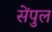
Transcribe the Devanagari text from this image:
सेंपुल